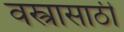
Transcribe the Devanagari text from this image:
वस्त्रासाठी